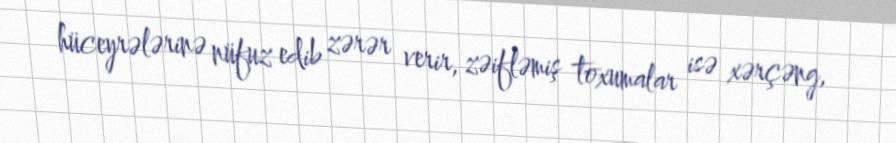
hüceyrələrinə nüfuz edib zərər verir, zəifləmiş toxumalar isə xərçəng,